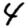
Digit: 4